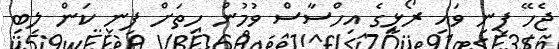
ޖެހޭ ފިނި ވައި ރޯޅީގެ އިހްސާސް ވުމުން ހިތަށް ފިނި ކަން ލިބި